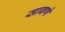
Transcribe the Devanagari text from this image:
साबणे